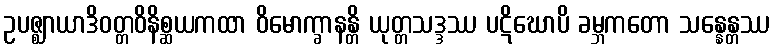
ဥပဇ္ဈာယာဒိဝတ္တဝိနိစ္ဆယကထာ ဝိမောက္ခာနန္တိ ယုတ္တသဒ္ဒဿ ပဋိဃောပိ ခမ္ဘကတော သန္နေန္တဿ